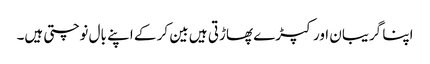
اپنا گریبان اور کپڑے پھاڑتی ہیں بین کر کے اپنے بال نوچتی ہیں۔